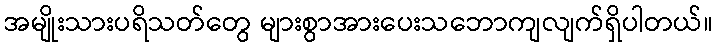
အမျိုးသားပရိသတ်တွေ များစွာအားပေးသဘောကျလျက်ရှိပါတယ်။